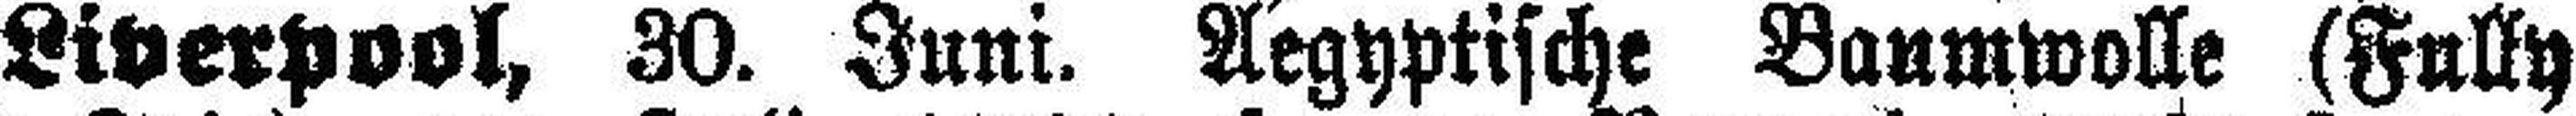
Liverpool, 30. Juni. Aegyptische Baumwolle (Fully